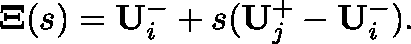
\mathbf { \Xi } ( s ) = \mathbf { U } _ { i } ^ { - } + s ( \mathbf { U } _ { j } ^ { + } - \mathbf { U } _ { i } ^ { - } ) .